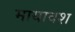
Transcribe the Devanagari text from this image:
मायावश